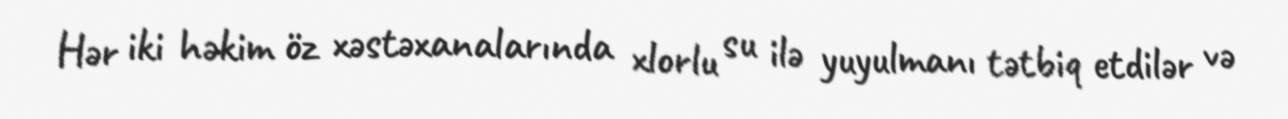
Hər iki həkim öz xəstəxanalarında xlorlu su ilə yuyulmanı tətbiq etdilər və